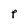
Character: P